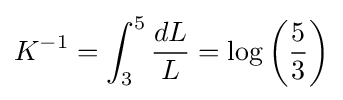
K^{-1}=\int _{3}^{5}{dL \over L}=\log \left({5 \over 3}\right)